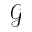
\mathcal { G }